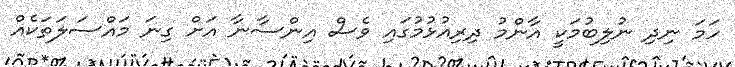
ހަމަ ނިދި ނުލިބުމަކީ އާންމު ދިރިއުޅުމުގައި ވެސް އިންސާނާ އަށް ގިނަ މައްސަލަތަކެއް